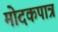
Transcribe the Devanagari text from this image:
मोदकपात्र